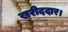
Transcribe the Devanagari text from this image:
खरीददार।